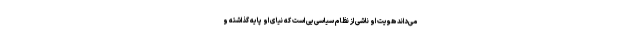
می‌داند هویت او ناشی از نظام سیاسی‌یی است که نیای او پایه گذاشته و